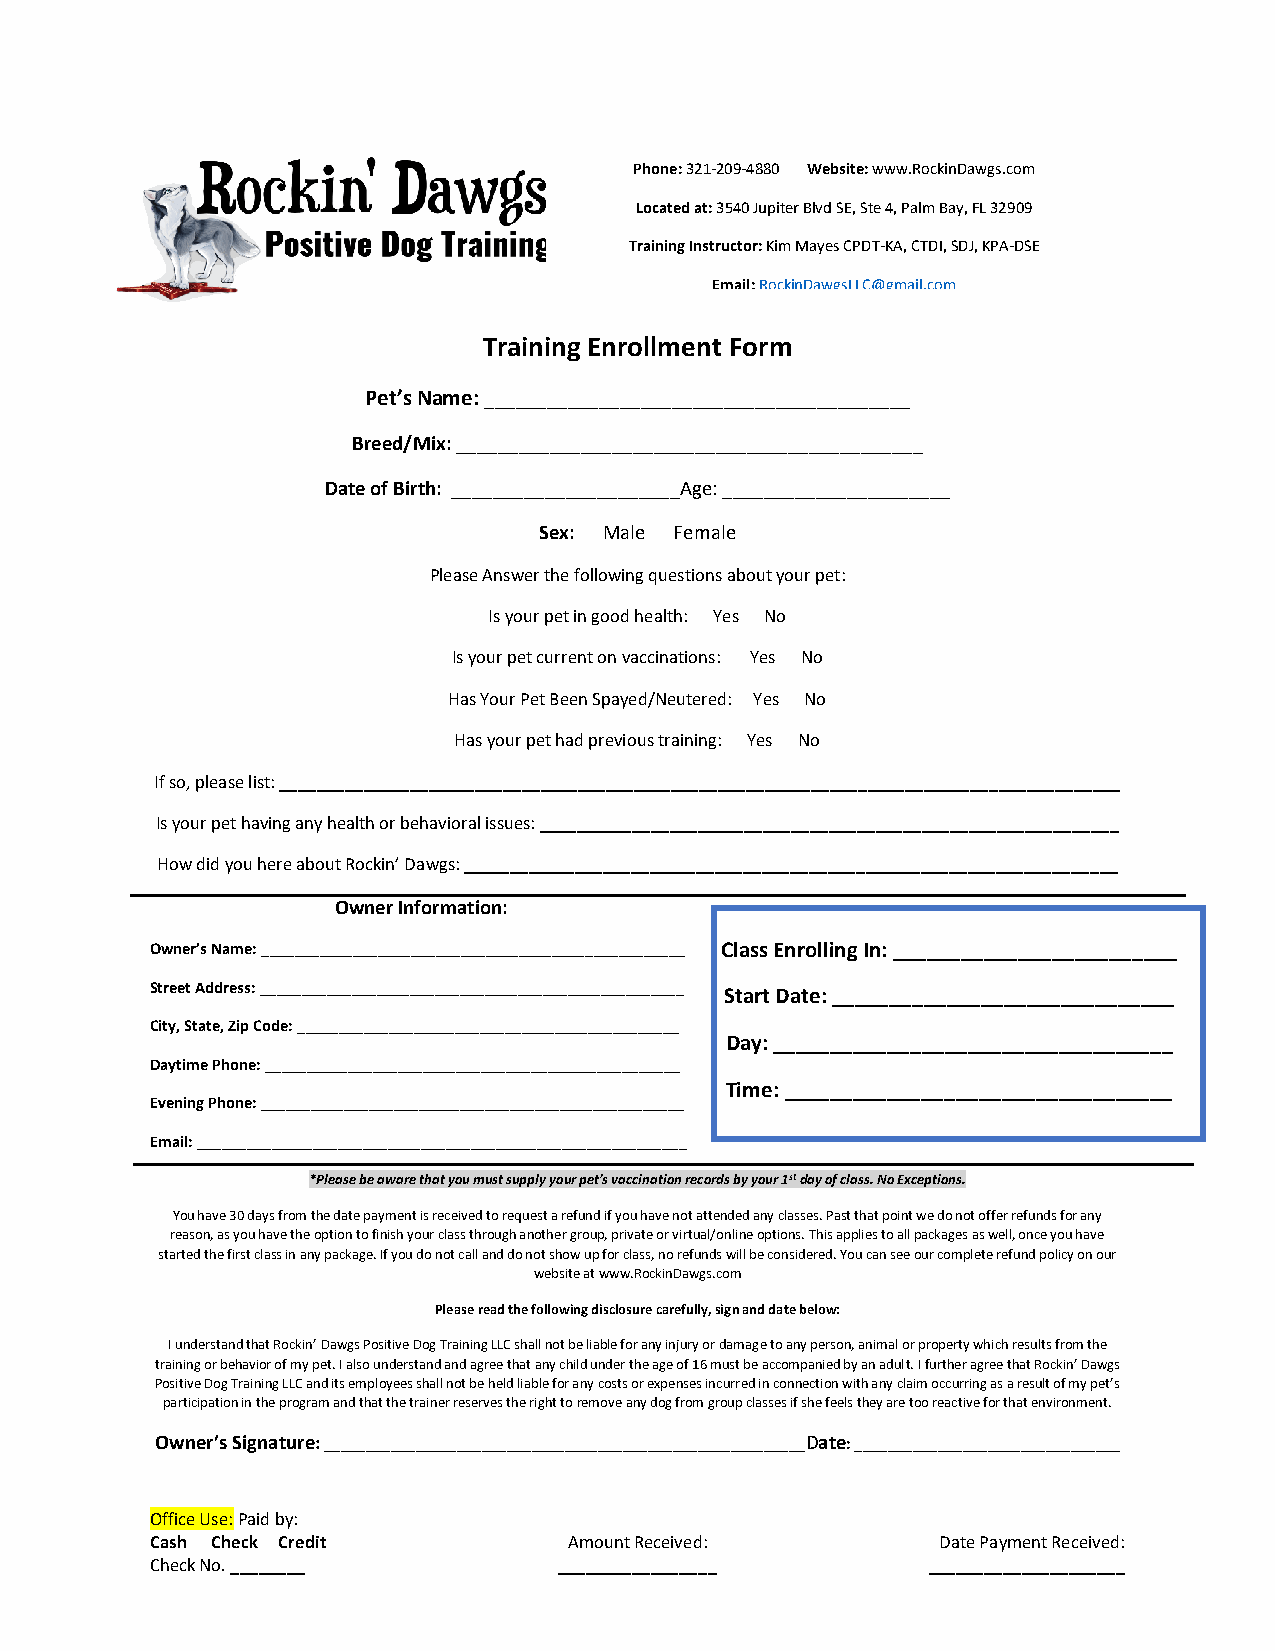
Phone: 321-209-4880 Website: www.RockinDawgs.com
 Located at: 3540 Jupiter Blvd SE, Ste 4, Palm Bay, FL 32909
 Training Instructor: Kim Mayes CPDT-KA, CTDI, SDJ, KPA-DSE
 Email: RockinDawgsLLC@gmail.com
 Training Enrollment Form
 Pet’s Name: _________________________________________
 Breed/Mix: _____________________________________________
 Date of Birth: ______________________Age: ______________________
 Sex: Male Female
 Please Answer the following questions about your pet:
 Is your pet in good health: Yes No
 Is your pet current on vaccinations: Yes No
 Has Your Pet Been Spayed/Neutered: Yes No
 Has your pet had previous training: Yes No
 If so, please list: __________________________________________________________________________________________
 Is your pet having any health or behavioral issues: ______________________________________________________________
 How did you here about Rockin’ Dawgs: ______________________________________________________________________
 Owner Information:
 Owner’s Name: ___________________________________________________ Class Enrolling In: _________________________
 Street Address: ___________________________________________________ Start Date: ______________________________
 City, State, Zip Code: ______________________________________________
 Day: ___________________________________
 Daytime Phone: __________________________________________________
 Time: __________________________________
 Evening Phone: ___________________________________________________
 Email: ___________________________________________________________
 *Please be aware that you must supply your pet’s vaccination records by your 1st day of class. No Exceptions.
 You have 30 days from the date payment is received to request a refund if you have not attended any classes. Past that point we do not offer refunds for any
 reason, as you have the option to finish your class through another group, private or virtual/online options. This applies to all packages as well, once you have
 started the first class in any package. If you do not call and do not show up for class, no refunds will be considered. You can see our complete refund policy on our
 website at www.RockinDawgs.com
 Please read the following disclosure carefully, sign and date below:
 I understand that Rockin’ Dawgs Positive Dog Training LLC shall not be liable for any injury or damage to any person, animal or property which results from the
 training or behavior of my pet. I also understand and agree that any child under the age of 16 must be accompanied by an adult. I further agree that Rockin’ Dawgs
 Positive Dog Training LLC and its employees shall not be held liable for any costs or expenses incurred in connection with any claim occurring as a result of my pet’s
 participation in the program and that the trainer reserves the right to remove any dog from group classes if she feels they are too reactive for that environment.
 Owner’s Signature: __________________________________________________________Date: ________________________________
 Office Use: Paid by:
 Cash Check Credit           Amount Received:        Date Payment Received:
 Check No. ________         _________________        _____________________